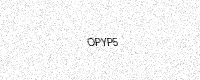
Text: OPYP5